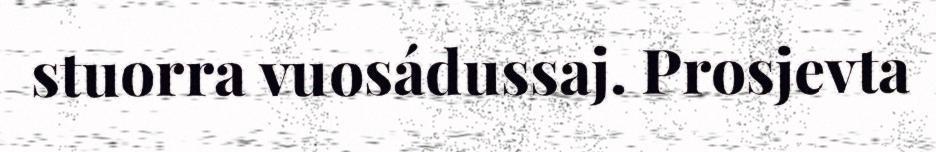
stuorra vuosádussaj. Prosjevta